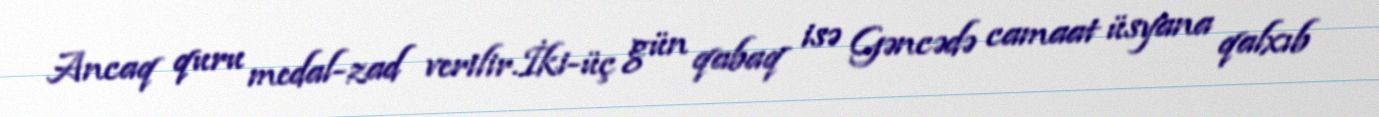
Ancaq quru medal-zad verilir.İki-üç gün qabaq isə Gəncədə camaat üsyana qalxıb